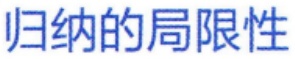
归纳的局限性